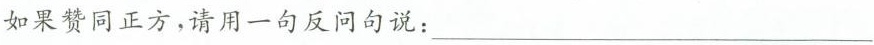
如果赞同正方，请用一句反问句说：___